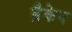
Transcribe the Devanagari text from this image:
ब्रैकेन